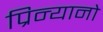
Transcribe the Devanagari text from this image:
प्रिन्यानो